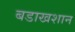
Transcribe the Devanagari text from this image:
बडाखशान